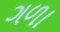
ગળા